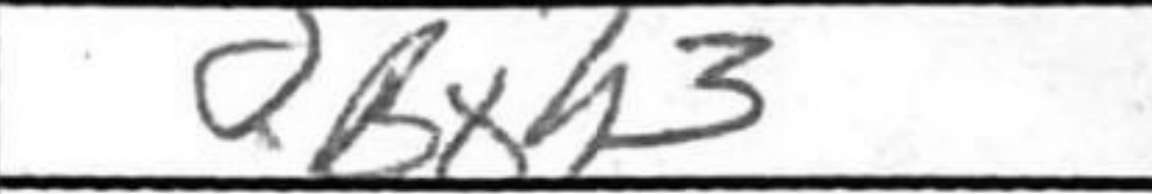
Transcription: Bxh3